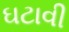
ઘટાવી